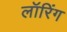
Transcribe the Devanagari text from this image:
लॉरिंग